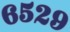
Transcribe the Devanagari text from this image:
६५२९